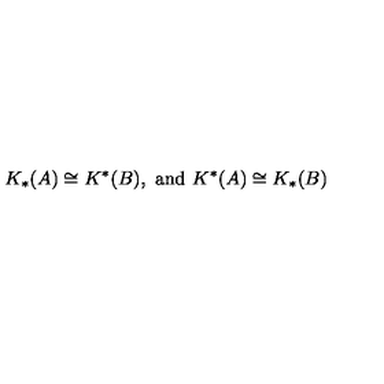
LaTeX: K _ { * } ( A ) \cong K ^ { * } ( B ) , \ \mathrm { a n d } \ K ^ { * } ( A ) \cong K _ { * } ( B )